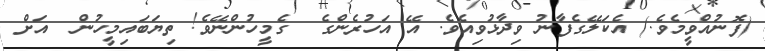
(ފޮނުއްވީމެވެ.) އެކަލޭގެފާނު ވިދާޅުވިއެވެ. އޭ އަހުރެންގެ  ގެމީހުންނޭވެ! ތިޔަބައިމީހުން  އަށް